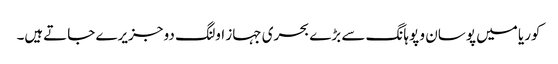
کوریا میں پوسان و پوہانگ سے بڑے بحری جہاز اولنگ دو جزیرے جاتےہیں۔